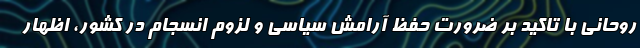
روحانی با تاکید بر ضرورت حفظ آرامش سیاسی و لزوم انسجام در کشور، اظهار